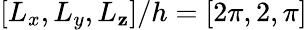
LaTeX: [L_{x},L_{y},L_{\mathbf{z}}]/h=[2\pi,2,\pi]